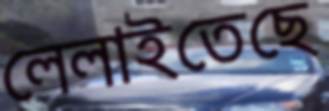
লেলাইতেছে